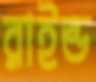
রাইন্ড